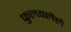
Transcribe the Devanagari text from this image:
फुलवलेले